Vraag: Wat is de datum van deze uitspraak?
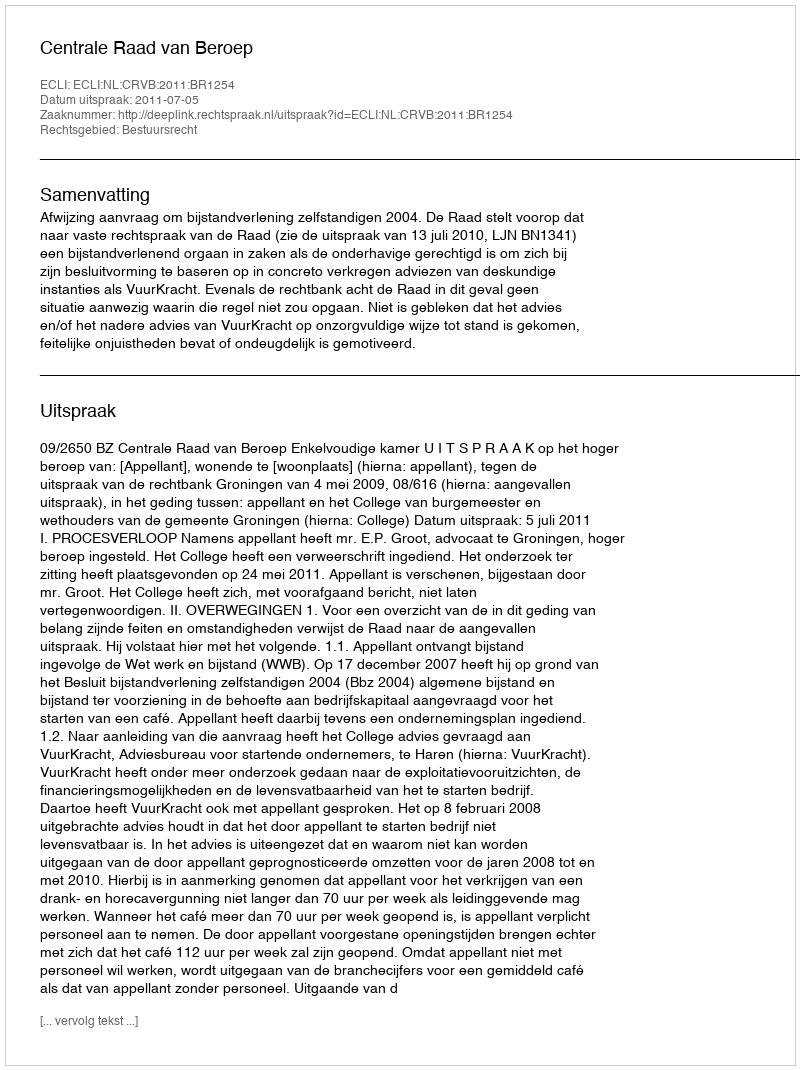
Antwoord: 2011-07-05